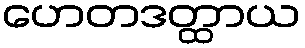
ဟေတဒတ္ထာယ